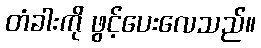
တံခါးကို ဖွင့်ပေးလေသည်။